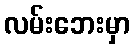
လမ်းဘေးမှာ